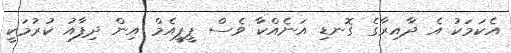
އެކަމަކު އެ ދާއިރާގެ ގޮނޑި އަނެއްކާ ވެސް ޕީޕީއެމް އިން ދިފާއު ކުރުމަކީ